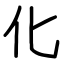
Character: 化